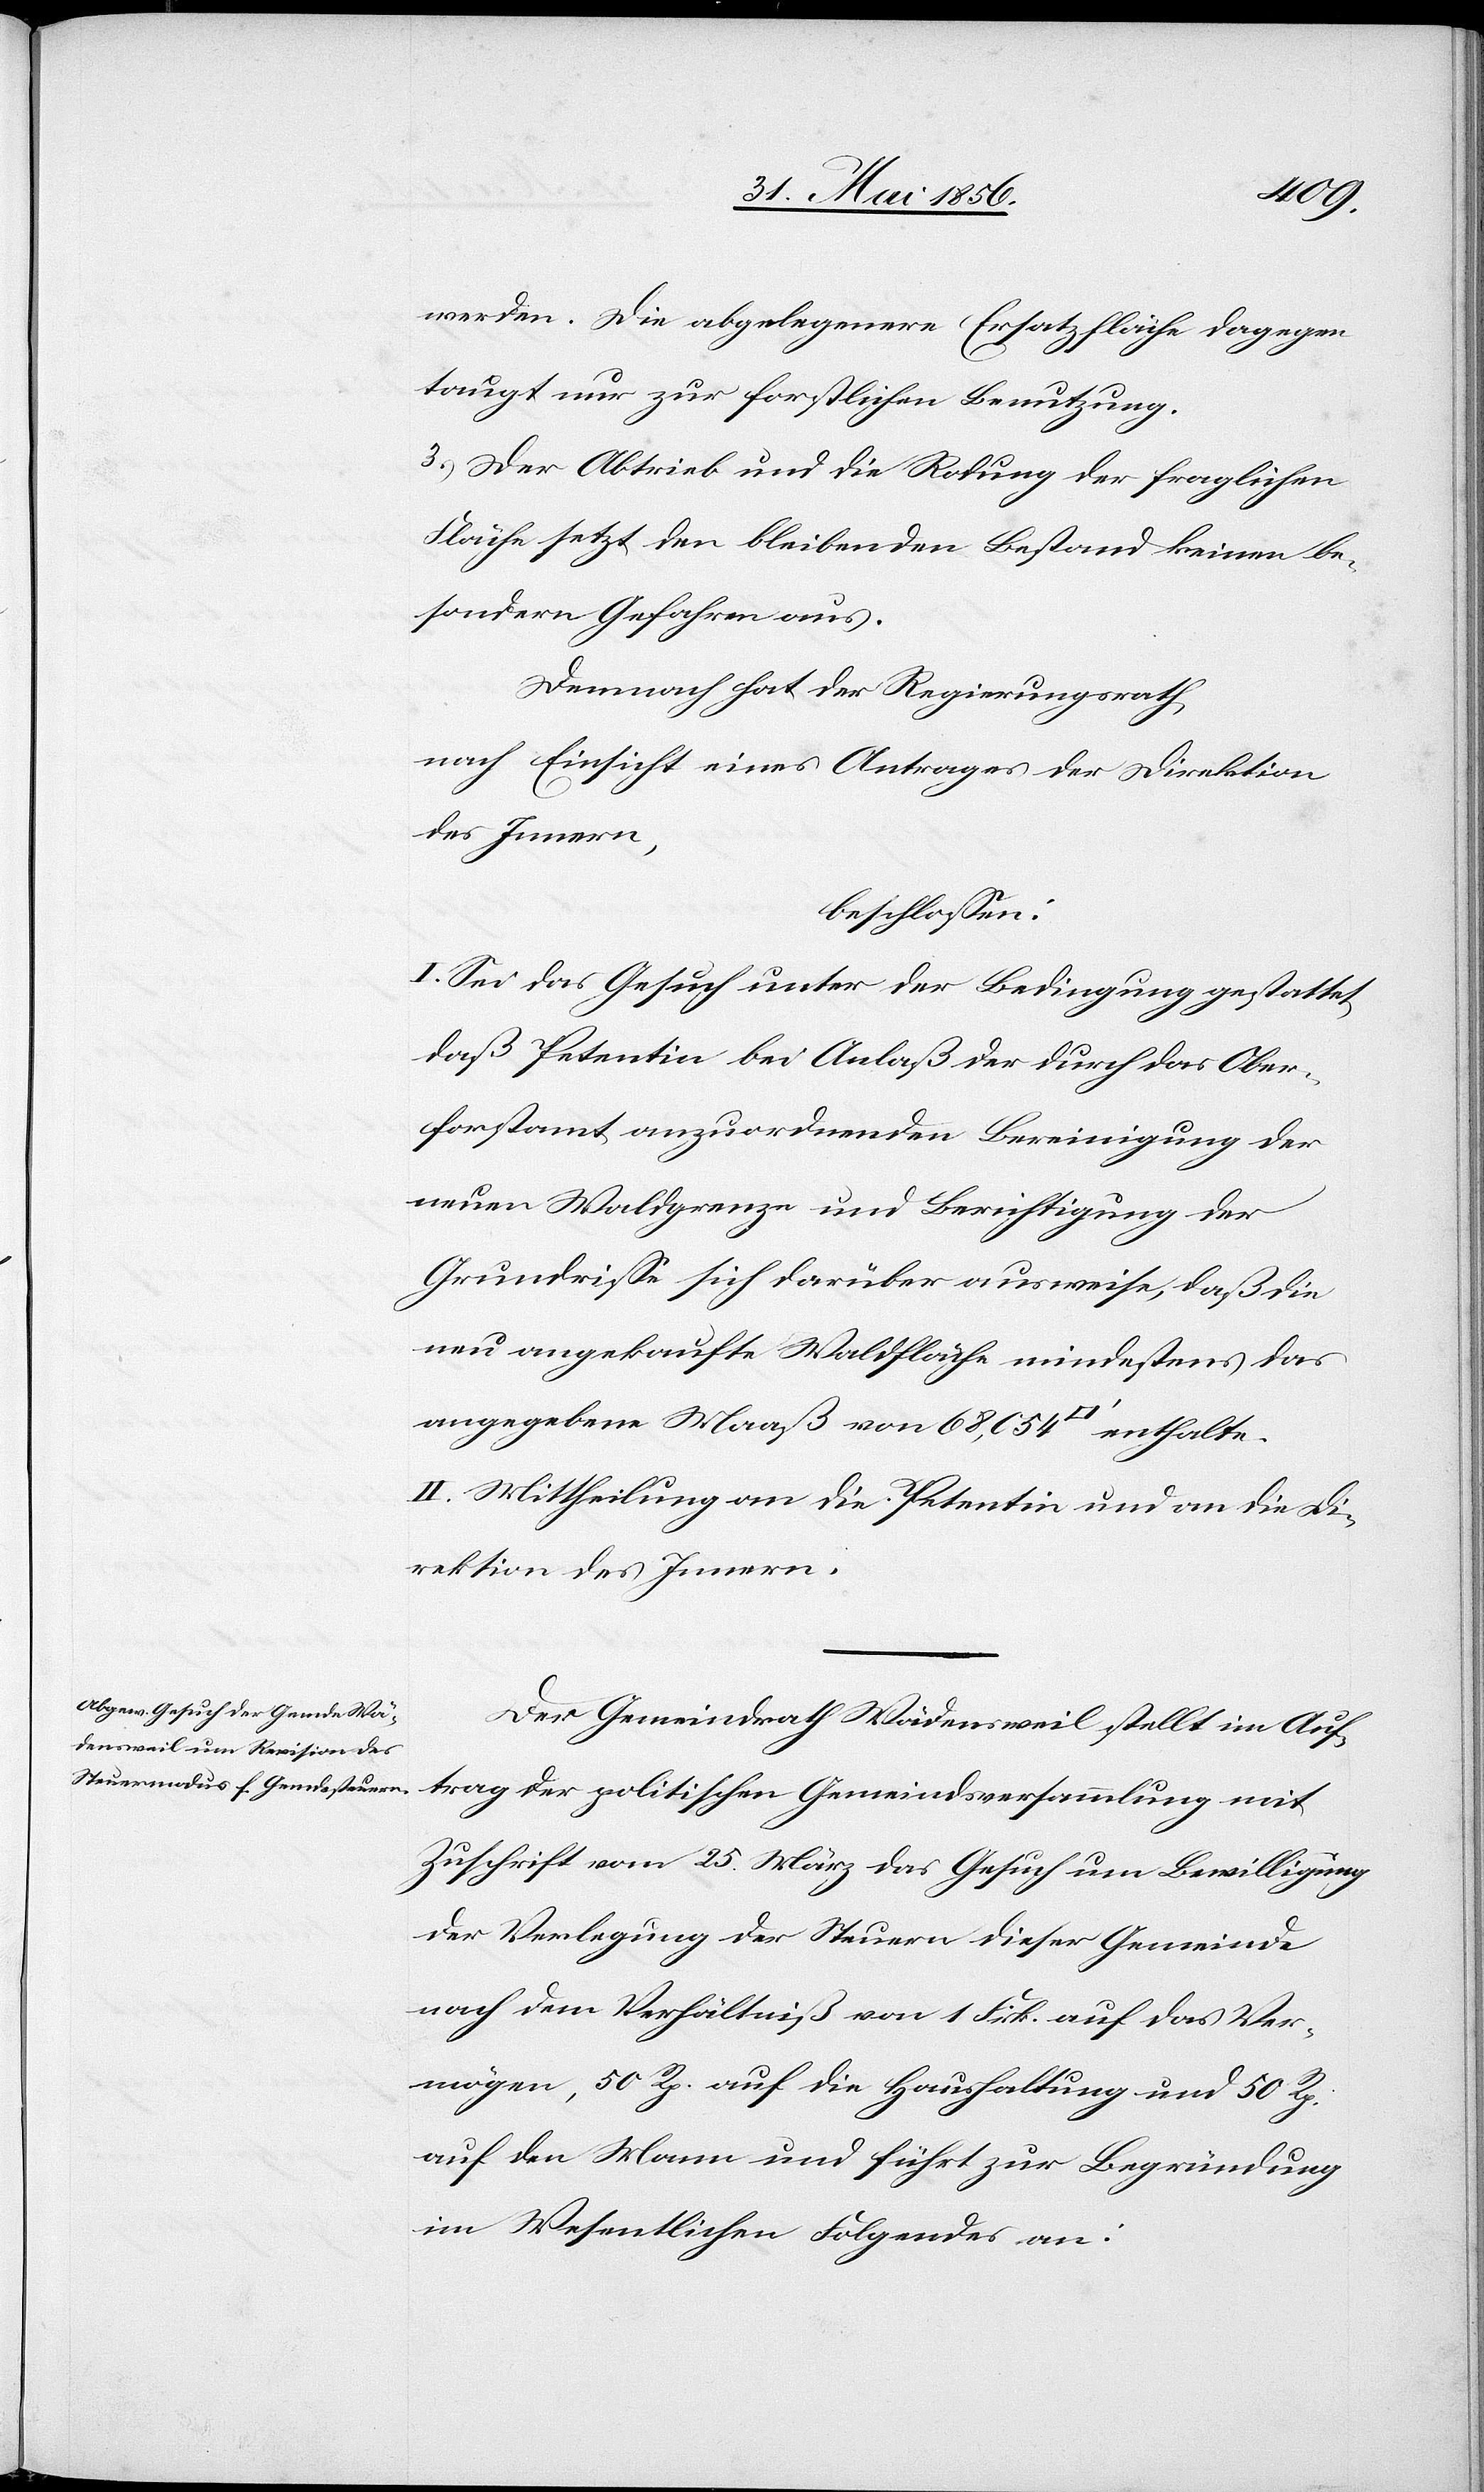
werden. Die abgelegenere Ersatzfläche dagegen
taugt nur zur forstlichen Benutzung.
3.) Der Abtrieb und die Rodung der fraglichen
Fläche setzt den bleibenden Bestand keinen be¬
sondern Gefahren aus.
Demnach hat der Regierungsrath,
nach Einsicht eines Antrages der Direktion
des Innern,
beschlossen:
I. Sei das Gesuch unter der Bedingung gestattet,
daß Petentin bei Anlaß der durch das Ober¬
forstamt anzuordnenden Bereinigung der
neuen Waldgrenze und Berichtigung der
Grundrisse sich darüber ausweise, daß die
neu angekaufte Waldfläche mindestens das
angegebene Maaß von 68,054 [Quadratfuß] enthalte.
II. Mittheilung an die Petentin und an die Di¬
rektion des Innern.
Der Gemeindrath Wädensweil stellt im Auf¬
trag der politischen Gemeindsversammlung mit
Zuschrift vom 25. März das Gesuch um Bewilligung
der Verlegung der Steuern dieser Gemeinde
nach dem Verhältniß von 1 Frk. auf das Ver¬
mögen, 50 Rp. auf die Haushaltung und 50 Rp.
auf den Mann und führt zur Begründung
im Wesentlichen Folgendes an: